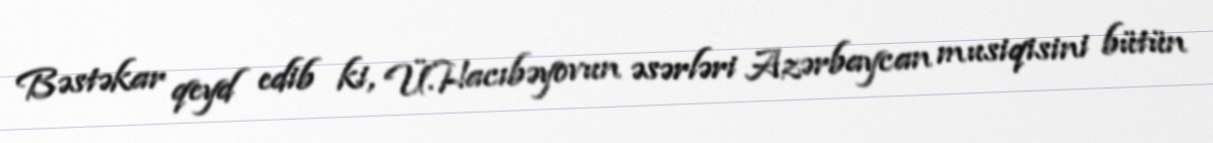
Bəstəkar qeyd edib ki, Ü.Hacıbəyovun əsərləri Azərbaycan musiqisini bütün